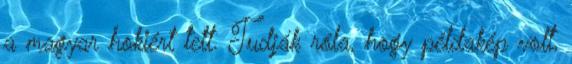
a magyar hokiért tett. Tudják róla, hogy példakép volt,